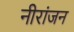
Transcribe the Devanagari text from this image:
नीरांजन